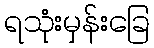
ရသုံးမှန်းခြေ